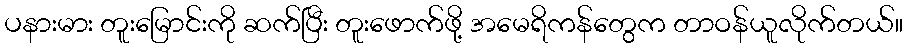
ပနားမား တူးမြောင်းကို ဆက်ပြီး တူးဖောက်ဖို့ အမေရိကန်တွေက တာဝန်ယူလိုက်တယ်။